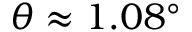
\theta \approx 1 . 0 8 ^ { \circ }